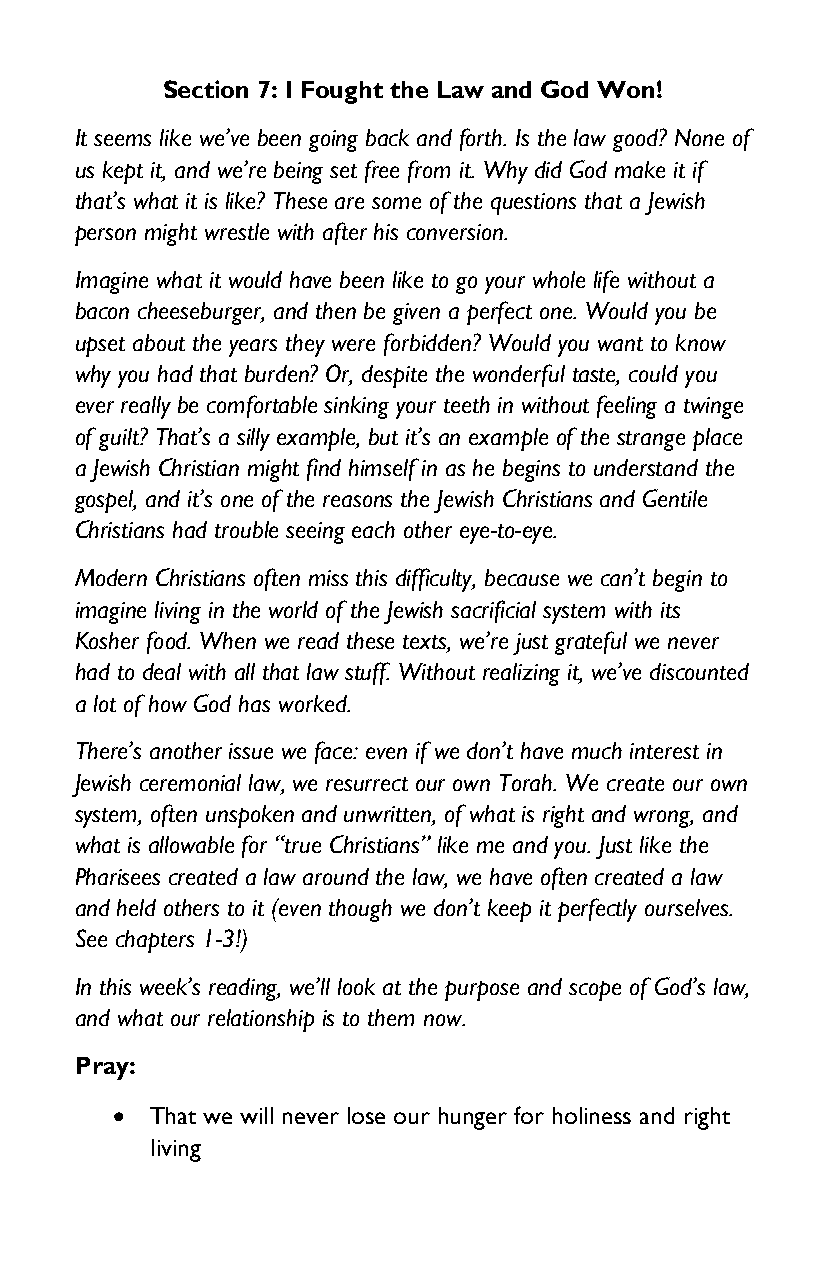
Section 7: I Fought the Law and God Won!
 It seems like we’ve been going back and forth. Is the law good? None of
 us kept it, and we’re being set free from it. Why did God make it if
 that’s what it is like? These are some of the questions that a Jewish
 person might wrestle with after his conversion.
 Imagine what it would have been like to go your whole life without a
 bacon cheeseburger, and then be given a perfect one. Would you be
 upset about the years they were forbidden? Would you want to know
 why you had that burden? Or, despite the wonderful taste, could you
 ever really be comfortable sinking your teeth in without feeling a twinge
 of guilt? That’s a silly example, but it’s an example of the strange place
 a Jewish Christian might find himself in as he begins to understand the
 gospel, and it’s one of the reasons the Jewish Christians and Gentile
 Christians had trouble seeing each other eye-to-eye.
 Modern Christians often miss this difficulty, because we can’t begin to
 imagine living in the world of the Jewish sacrificial system with its
 Kosher food. When we read these texts, we’re just grateful we never
 had to deal with all that law stuff. Without realizing it, we’ve discounted
 a lot of how God has worked.
 There’s another issue we face: even if we don’t have much interest in
 Jewish ceremonial law, we resurrect our own Torah. We create our own
 system, often unspoken and unwritten, of what is right and wrong, and
 what is allowable for “true Christians” like me and you. Just like the
 Pharisees created a law around the law, we have often created a law
 and held others to it (even though we don’t keep it perfectly ourselves.
 See chapters 1-3!)
 In this week’s reading, we’ll look at the purpose and scope of God’s law,
 and what our relationship is to them now.
 Pray:
 •  That we will never lose our hunger for holiness and right
 living